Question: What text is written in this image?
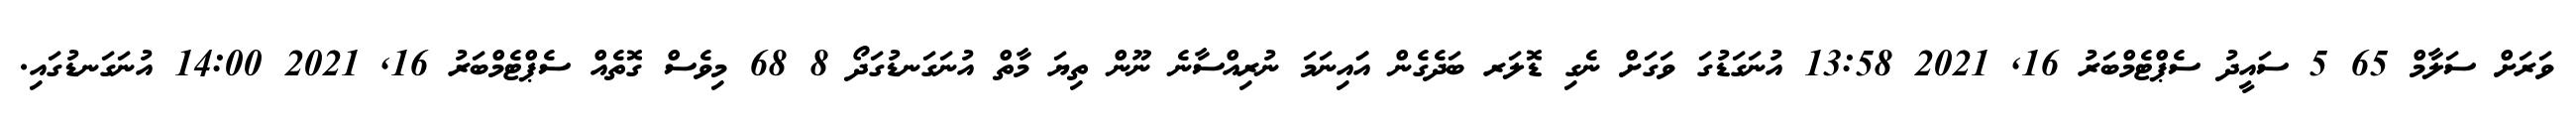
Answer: ވަރަށް ސަލާމް 65 5 ސައީދު ސެޕްޓެމްބަރު 16, 2021 13:58 އުނަގަޑުގަ ވަގަށް ނެގި ޑޮލަރ ބަދެގެން އަައިނަމަ ނުރިއްސާނެ ނޫން ތިޔަ މާތް އުނަގަނޑުގަދޯ 8 68 މިވެސް ގޮތެއް ސެޕްޓެމްބަރު 16, 2021 14:00 އުނަގަނޑުގައި.